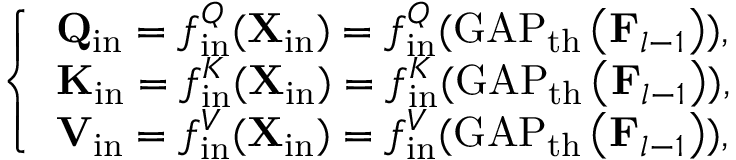
\left\{ \begin{array} { l l } { \mathbf { Q } _ { \mathrm { i n } } = f _ { \mathrm { i n } } ^ { Q } ( \mathbf { X } _ { \mathrm { i n } } ) = f _ { \mathrm { i n } } ^ { Q } ( \operatorname { G A P } _ { \mathrm { t h } } \left( \mathbf { F } _ { l - 1 } \right) ) , } \\ { \mathbf { K } _ { \mathrm { i n } } = f _ { \mathrm { i n } } ^ { K } ( \mathbf { X } _ { \mathrm { i n } } ) = f _ { \mathrm { i n } } ^ { K } ( \operatorname { G A P } _ { \mathrm { t h } } \left( \mathbf { F } _ { l - 1 } \right) ) , } \\ { \mathbf { V } _ { \mathrm { i n } } = f _ { \mathrm { i n } } ^ { V } ( \mathbf { X } _ { \mathrm { i n } } ) = f _ { \mathrm { i n } } ^ { V } ( \operatorname { G A P } _ { \mathrm { t h } } \left( \mathbf { F } _ { l - 1 } \right) ) , } \end{array} \right.